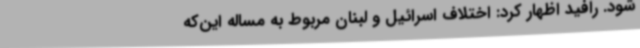
شود. رافید اظهار کرد: اختلاف اسرائیل و لبنان مربوط به مساله این‌که